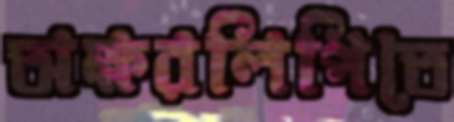
অক্ষরলিপিতে